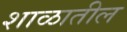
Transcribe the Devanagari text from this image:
शाळातील